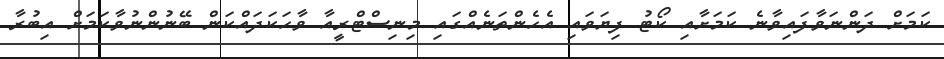
ކަމަށް ދަންނަވާފައިވާނެ ކަމަށާއި ކޯޓު ފިޔަވައި އެހެންތަނެއްގައި މިނިސްޓްރީއާ ވާހަކަދައްކަން ބޭނުންނުވާކަމަށް އިބުރާ